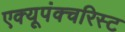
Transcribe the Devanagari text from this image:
एक्यूपंक्चरिस्ट